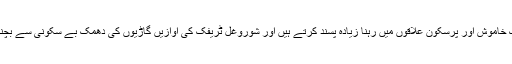
یہی وجہ ہے کہ اکثر لوگ خاموش اور پرسکون علاقوں میں رہنا زیادہ پسند کرتے ہیں اور شوروغل ٹریفک کی آوازیں گاڑیوں کی دھمک بے سکونی سے بچنے کی کوشش کرتے ہیں۔